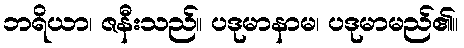
ဘရိယာ၊ ဇနီးသည်။ ပဒုမာနာမ၊ ပဒုမာမည်၏။